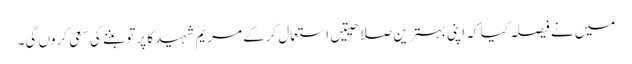
میں نے فیصلہ کیا کہ اپنی بہترین صلاحیتیں استعمال کرکے مریم شہید کا پرتو بننے کی سعی کروں گی۔